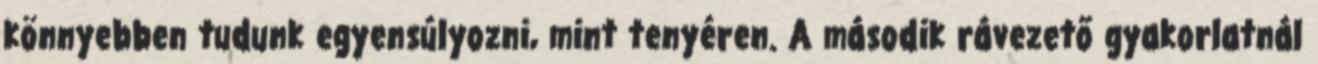
könnyebben tudunk egyensúlyozni, mint tenyéren. A második rávezető gyakorlatnál